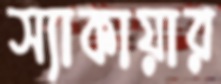
স্যাকায়ার